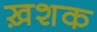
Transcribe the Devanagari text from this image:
ख़शक